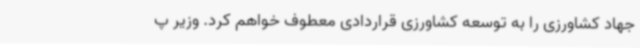
جهاد کشاورزی را به توسعه کشاورزی قراردادی معطوف خواهم کرد. وزیر پ